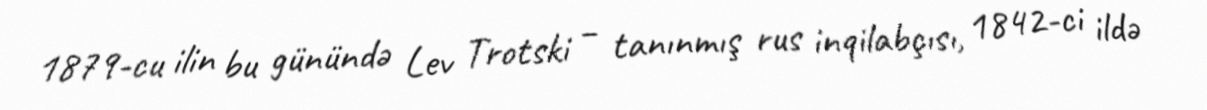
1879-cu ilin bu günündə Lev Trotski – tanınmış rus inqilabçısı, 1842-ci ildə